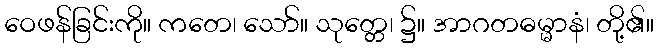
ဝေဖန်ခြင်းကို။ ကတေ၊ သော်။ သုတ္တေ၊ ၌။ အာဂတဓမ္မာနံ၊ တို့၏။